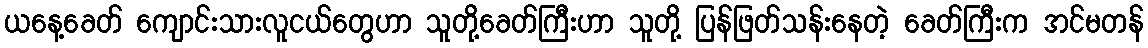
ယနေ့ခေတ် ကျောင်းသားလူငယ်တွေဟာ သူတို့ခေတ်ကြီးဟာ သူတို့ ပြန်ဖြတ်သန်းနေတဲ့ ခေတ်ကြီးက အင်မတန်